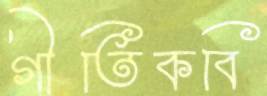
গীতিকবি